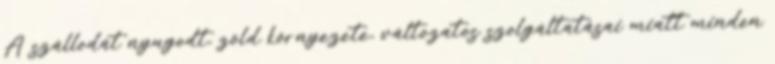
A szállodát nyugodt, zöld környezete, változatos szolgáltatásai miatt minden